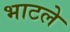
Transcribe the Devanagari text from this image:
भाटले